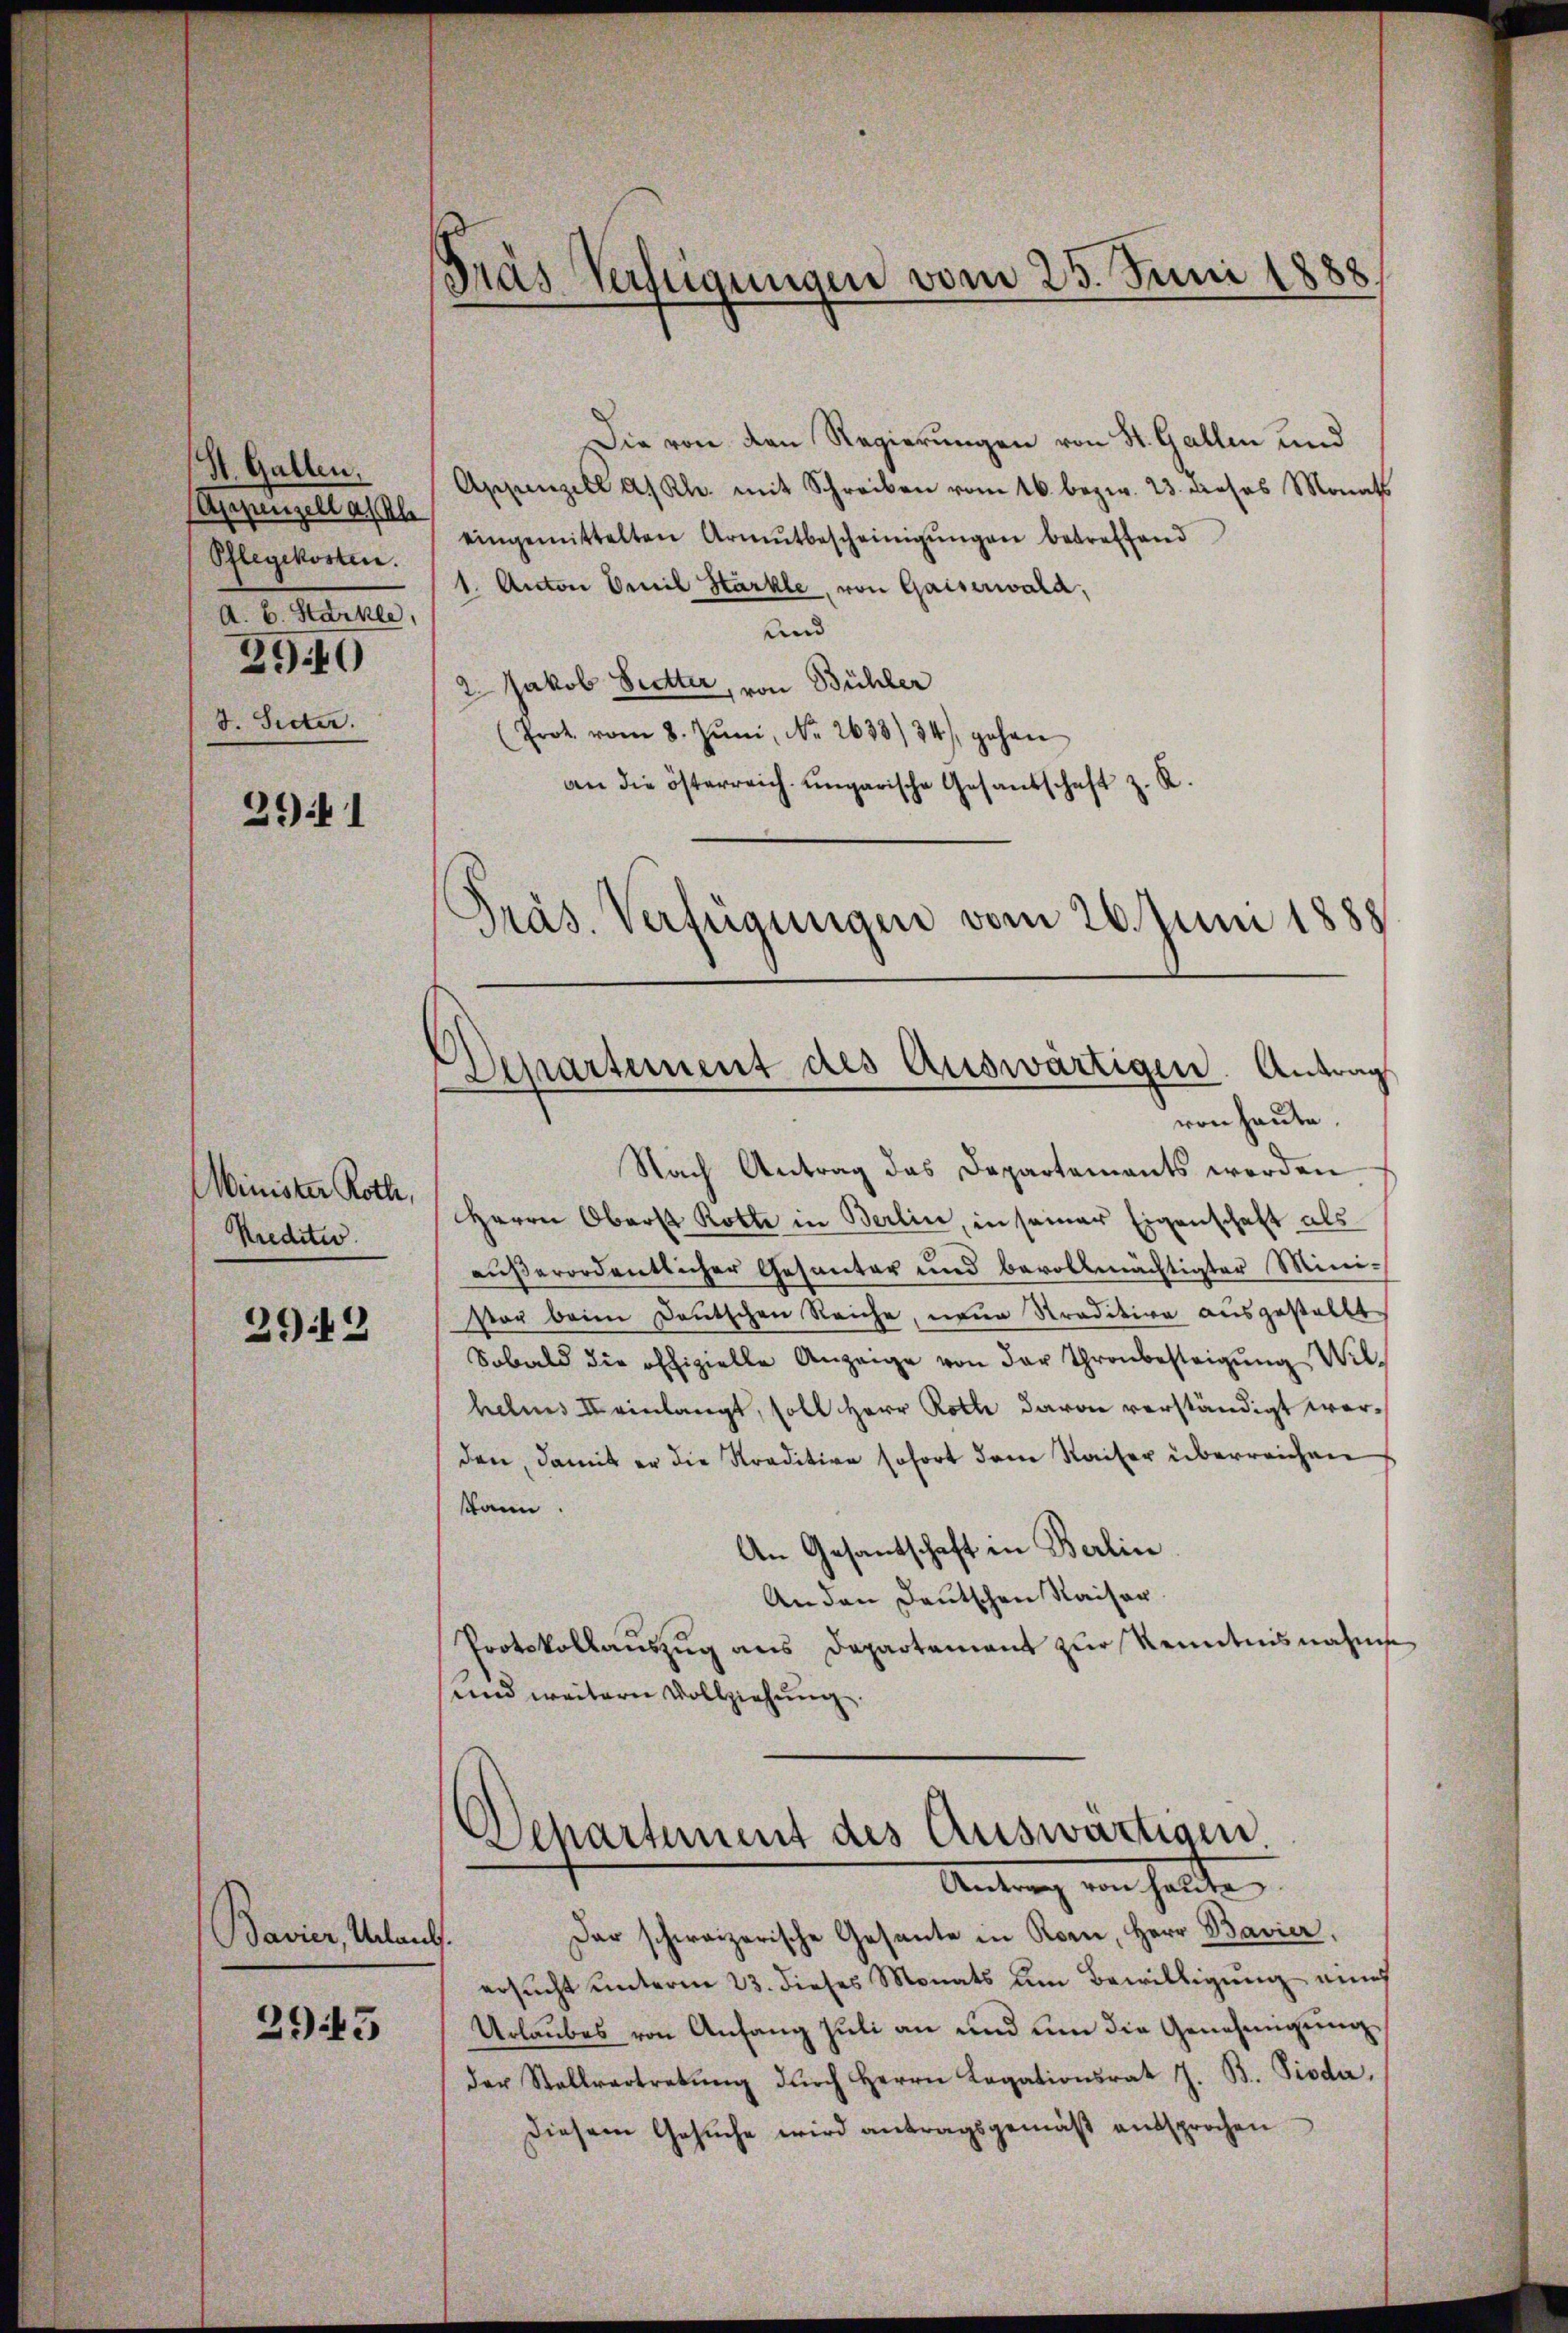
St. Gallen.
Pflegekosten.
A. B. Harkle
290
8. Seiter.

261

Minister Roth,
Krediter.

2942

Die von den Regierungen von St. Gallen und
Appenzell a/Rh. mit Schreiben vom 16. bezw. 23. dieses Monats
Appenzella eingemittelten Armutbescheinigungen betreffend
1. Anton Emil Härkle, von Gaiserwald,
und
2. Jakob Sutter, von Bühler
(Prot. vom 8. Jŭni, No. 2633 34), gehen
an die österreich ungarische Gesandschaft z. R.
Präs. Verfügungen vom 26. Juni 1888

Bavier, Urlaub

2943

Gras Verfügungen vom 25. Juni 1888.

Departement des Auswärtigen. Antrag

von heute.
Nach Antrag das Departements werden
Herrn Oberst Rotte in Berlin, in seiner Eigenschaft als
außerordentlicher Gesanter und bevollmächtigter Mini-
vor beim Deutschen Reiche, neue Straditive ausgestellt.
Sobald die offizielle Anzeige von der Thronbesteigŭng Wilhelms II einlangt, soll Herr Roth davon verständigt werden, damit er die Straditive sofort dem Kaiser überreichen
kann.
An Gesantschaft in Berlin
An den Deutschen Kaiser.
Protokollauszug aus Departement zur Kenntnisnahme
und weitere Vollziehung.

Departement des Auswärtigen
Antrag von halte
Der schweizerische Gesante in Korn, Herr Bavier,

ersucht unterm 23. dieses Monats um Bewilligung eines
Urlaubes von Anfang Juli an und um die Genehmigung,
der Stellvertretŭng dŭrch Herrn Legationsrat J. B. Pioda,
Diesem Gesuche wird antragsgemäß entsprochen